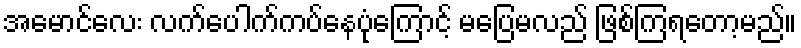
အမောင်လေး လက်ပေါက်ကပ်နေပုံကြောင့် မပြေမလည် ဖြစ်ကြရတော့မည်။